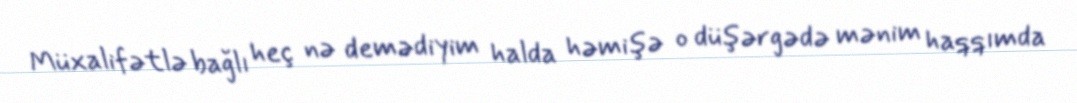
Müxalifətlə bağlı heç nə demədiyim halda həmişə o düşərgədə mənim haqqımda